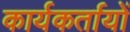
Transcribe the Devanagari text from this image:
कार्यकर्तायों